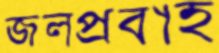
জলপ্রবাহ